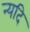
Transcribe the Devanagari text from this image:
न्यदि